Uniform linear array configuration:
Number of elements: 32
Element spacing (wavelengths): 0.75
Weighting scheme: hann
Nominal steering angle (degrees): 30
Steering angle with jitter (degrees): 31.404
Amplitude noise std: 0.05
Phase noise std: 0.05

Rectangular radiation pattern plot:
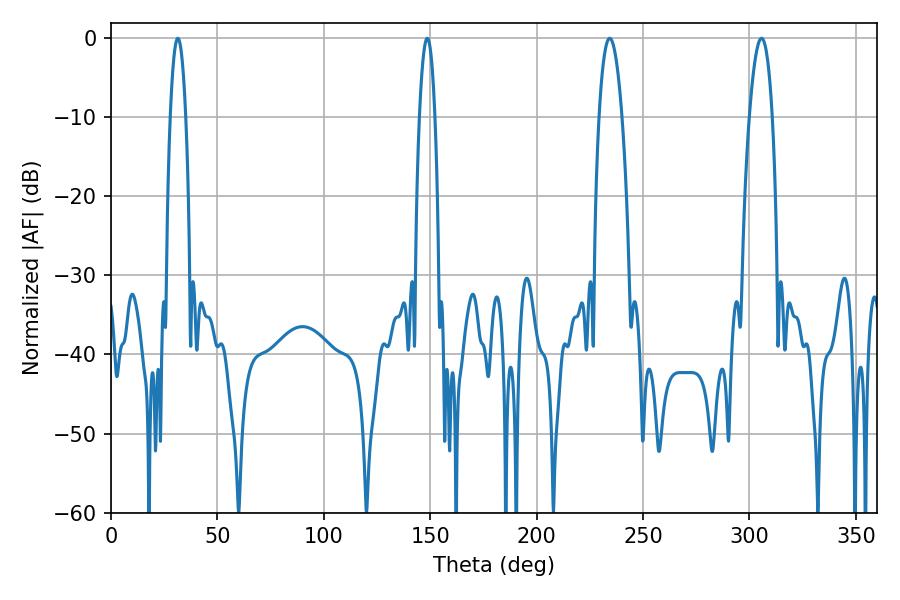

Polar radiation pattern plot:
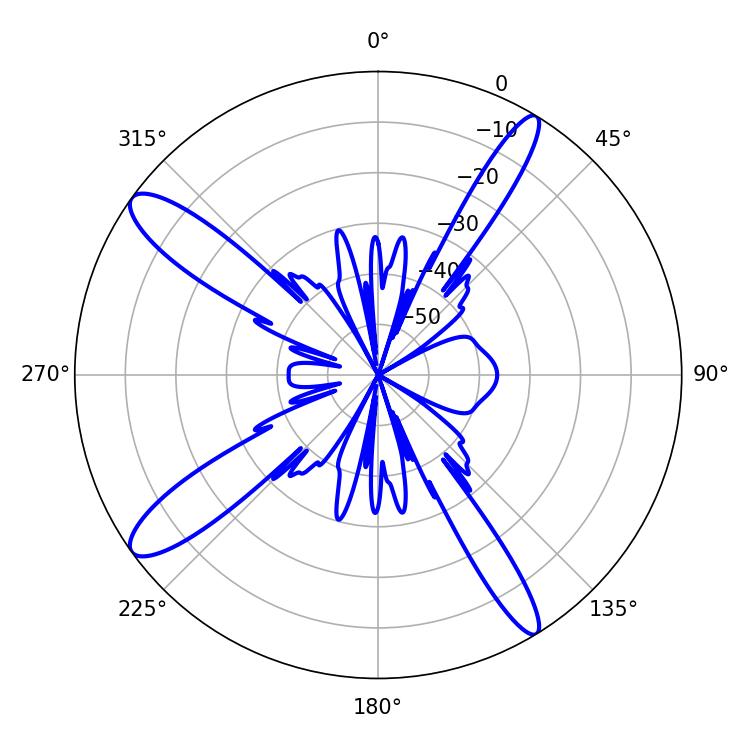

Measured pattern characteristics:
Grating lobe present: TRUE
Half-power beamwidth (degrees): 5.94
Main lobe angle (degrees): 305.64